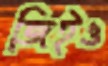
জিইও